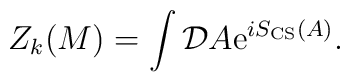
Z_k(M)= \int {\cal D} A {\rm e}^{i S_{\rm CS}(A)}.